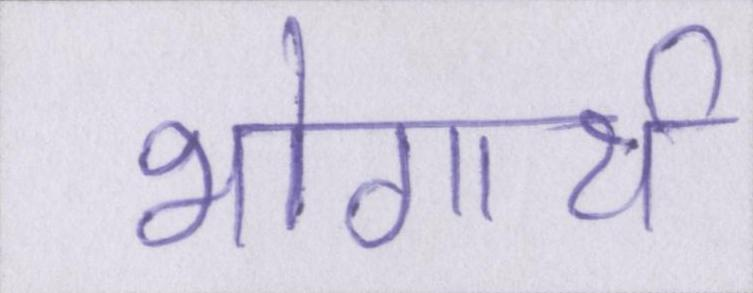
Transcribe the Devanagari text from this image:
भोगार्थ